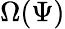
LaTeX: \Omega(\Psi)